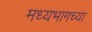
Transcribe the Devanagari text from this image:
मध्‍यभागच्या